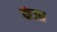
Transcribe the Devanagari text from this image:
कंजा